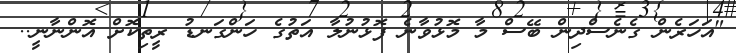
"އަހަރެން ގެނެސްދިން ބޭސް މާ މޮޅުވާނެ ފޮޅުނުލާ އަތުގެ ހަންގަނޑު ރީތިކޮށް އޮންނާނީ..